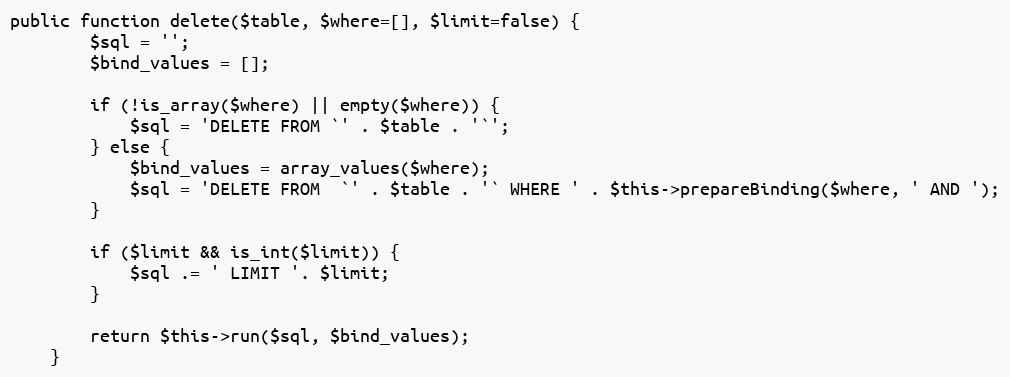
Language: PHP
public function delete($table, $where=[], $limit=false) {
        $sql = '';
        $bind_values = [];

        if (!is_array($where) || empty($where)) {
            $sql = 'DELETE FROM `' . $table . '`';
        } else {
            $bind_values = array_values($where);
            $sql = 'DELETE FROM  `' . $table . '` WHERE ' . $this->prepareBinding($where, ' AND ');
        }

        if ($limit && is_int($limit)) {
            $sql .= ' LIMIT '. $limit;
        }

        return $this->run($sql, $bind_values);
    }